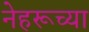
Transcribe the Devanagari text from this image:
नेहरूच्या